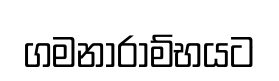
ගමනාරාම්භයට